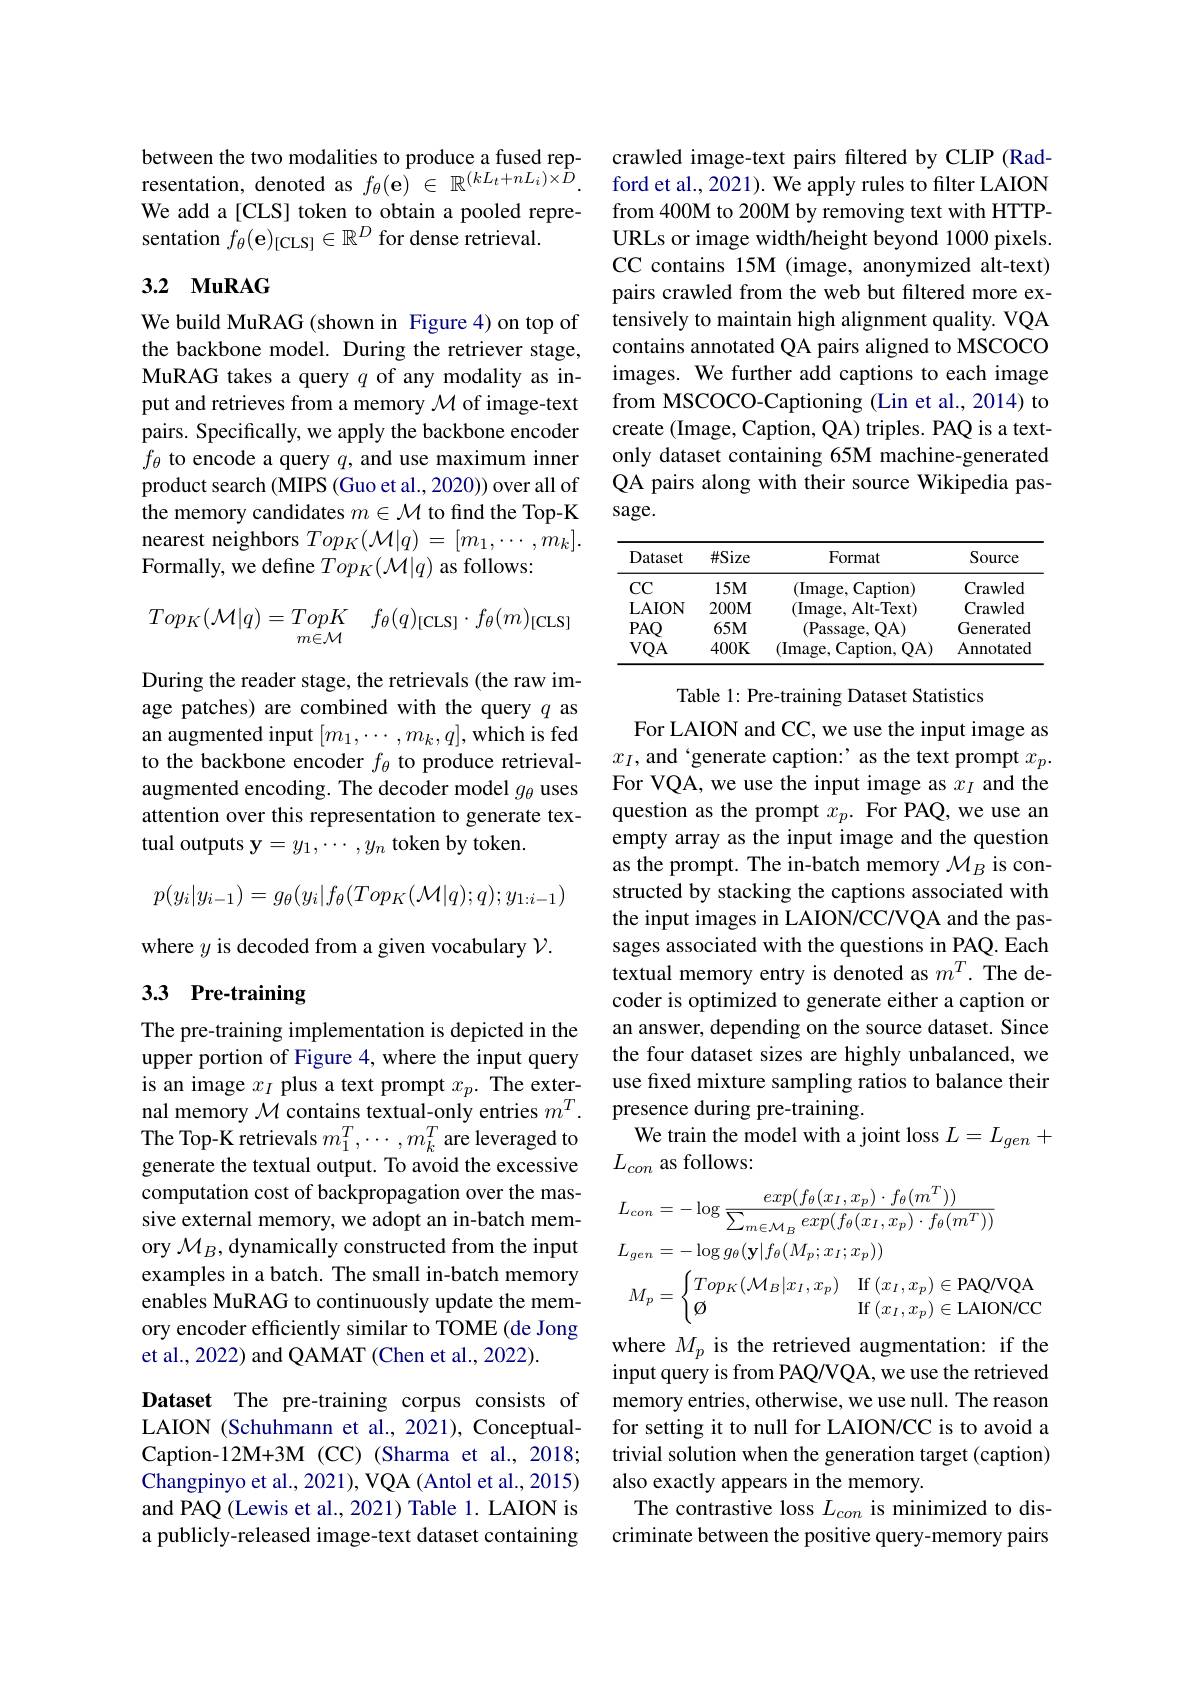
between the two modalities to produce a fused representation, denoted as $f_\theta ( \mathbf{e} )$ $\in$ $\mathbb{R} ^{( kL_t+ nL_i) \times D}.$ We add a[CLS] token to obtain a pooled representation $f_\theta ( \mathbf{e} ) _{[ \mathrm{CLS}] }\in \mathbb{R} ^D$ for dense retrieval.

## 3.2 MuRAG

We build MuRAG (shown in Figure 4) on top of the backbone model. During the retriever stage, MuRAG takes a query $q$ of any modality as input and retrieves from a memory $\mathcal{M}$ of image-text pairs. Specifically, we apply the backbone encoder $f_\theta$ to encode a query $q$,and use maximum inner product search (MIPS (Guo et al., 2020)) over all of the memory candidates $m\in\mathcal{M}$ to find the Top-K nearest neighbors $Top_K(\mathcal{M}|q)=[m_1,\cdots,m_k].$ Formally, we define $Top_K(\mathcal{M}|q)$ as follows:
$$Top_K(\mathcal{M}|q)=TopK\quad f_\theta(q)_{[\mathrm{CLS}]}\cdot f_\theta(m)_{[\mathrm{CLS}]}$$
During the reader stage, the retrievals (the raw image patches) are combined with the query $q$ as an augmented input $[m_1,\cdots,m_k,q]$,which is fed to the backbone encoder $f_\theta$ to produce retrievalaugmented encoding. The decoder model $g_\theta$ uses attention over this representation to generate textual outputs $\mathbf{y}=y_1,\cdots,y_n$ token by token.
$$p(y_i|y_{i-1})=g_\theta(y_i|f_\theta(Top_K(\mathcal{M}|q);q);y_{1:i-1})$$
where $y$ is decoded from a given vocabulary $\mathcal{V}.$

## 3.3 Pre-training

The pre-training implementation is depicted in the upper portion of Figure 4, where the input query is an image $x_I$ plus a text prompt $x_p.$ The external memory $\mathcal{M}$ contains textual-only entries $m^T.$ The Top-K retrievals $m_1^T,\cdots,m_k^T$ are leveraged to generate the textual output. To avoid the excessive computation cost of backpropagation over the massive external memory, we adopt an in-batch memory $\mathcal{M}_B$, dynamically constructed from the input examples in a batch. The small in-batch memory enables MuRAG to continuously update the memory encoder efficiently similar to TOME (de Jong et al., 2022) and QAMAT (Chen et al., 2022).

Dataset The pre-training corpus consists of LAION (Schuhmann et al., 2021), ConceptualCaption-12M+3M(CC)(Sharma et al., 2018; Changpinyo et al., 2021), VQA (Antol et al., 2015) and PAQ (Lewis et al., 2021) Table 1. LAION is a publicly-released image-text dataset containing

crawled image-text pairs filtered by CLIP (Radford et al., 2021). We apply rules to filter LAION from 400M to 200M by removing text with HTTPURLs or image width/height beyond 1000 pixels. CC contains 15M (image, anonymized alt-text) pairs crawled from the web but filtered more extensively to maintain high alignment quality. VQA contains annotated QA pairs aligned to MSCOCO images. We further add captions to each image from MSCOCO-Captioning (Lin et al., 2014) to create (Image, Caption, QA) triples. PAQ is a textonly dataset containing 65M machine-generated QA pairs along with their source Wikipedia passage.

<table>
	<tbody>
		<tr>
			<th>Dataset</th>
			<th>$\#Size$</th>
			<th>Format</th>
			<th>Source</th>
		</tr>
		<tr>
			<td>CC</td>
			<td>$15M$</td>
			<td>(Image, Caption)</td>
			<td>Crawled</td>
		</tr>
		<tr>
			<td>$\mathbf{L}$AION</td>
			<td>$200M$</td>
			<td>(Image, Alt-Text)</td>
			<td>Crawled</td>
		</tr>
		<tr>
			<td>$PAO$</td>
			<td>$65M$</td>
			<td>(Passage, $QA)$</td>
			<td>Generated</td>
		</tr>
		<tr>
			<td>$VQA$</td>
			<td>$400K$</td>
			<td>(Image, Caption, .QA)</td>
			<td>Annotated</td>
		</tr>
	</tbody>
</table>

Table 1: Pre-training Dataset Statistics

For LAION and CC, we use the input image as $x_{I}$, and 'generate caption:' as the text prompt $x_{p}.$ For VQA, we use the input image as $x_I$ and the question as the prompt $x_p.$ For PAQ, we use an empty array as the input image and the question as the prompt. The in-batch memory $\mathcal{M}_B$ is constructed by stacking the captions associated with the input images in LAION/CC/VQA and the passages associated with the questions in PAQ. Each textual memory entry is denoted as $m^T.$ The decoder is optimized to generate either a caption or an answer, depending on the source dataset. Since the four dataset sizes are highly unbalanced, we use fixed mixture sampling ratios to balance their presence during pre-training.
We train the model with a joint loss $L=L_gen+$
$L_{con}$ as follows:
$$\begin{aligned}&L_{con}=-\log\frac{exp(f_{\theta}(x_{I},x_{p})\cdot f_{\theta}(m^{T}))}{\sum_{m\in\mathcal{M}_{B}}exp(f_{\theta}(x_{I},x_{p})\cdot f_{\theta}(m^{T}))}\\&L_{gen}=-\log g_{\theta}(\mathbf{y}|f_{\theta}(M_{p};x_{I};x_{p}))\\&M_{p}=\begin{cases}Top_K(\mathcal{M}_B|x_I,x_p)&\mathrm{If}\:(x_I,x_p)\in\mathrm{PAQ/VQA}\\\emptyset&\mathrm{If}\:(x_I,x_p)\in\mathrm{LAION/CC}\end{cases}\end{aligned}$$
where $M_p$ is the retrieved augmentation: if the input query is from PAQ/VQA, we use the retrieved memory entries, otherwise, we use null. The reason for setting it to null for LAION/CC is to avoid a trivial solution when the generation target (caption) also exactly appears in the memory.
The contrastive loss $L_con$ is minimized to discriminate between the positive query-memory pairs